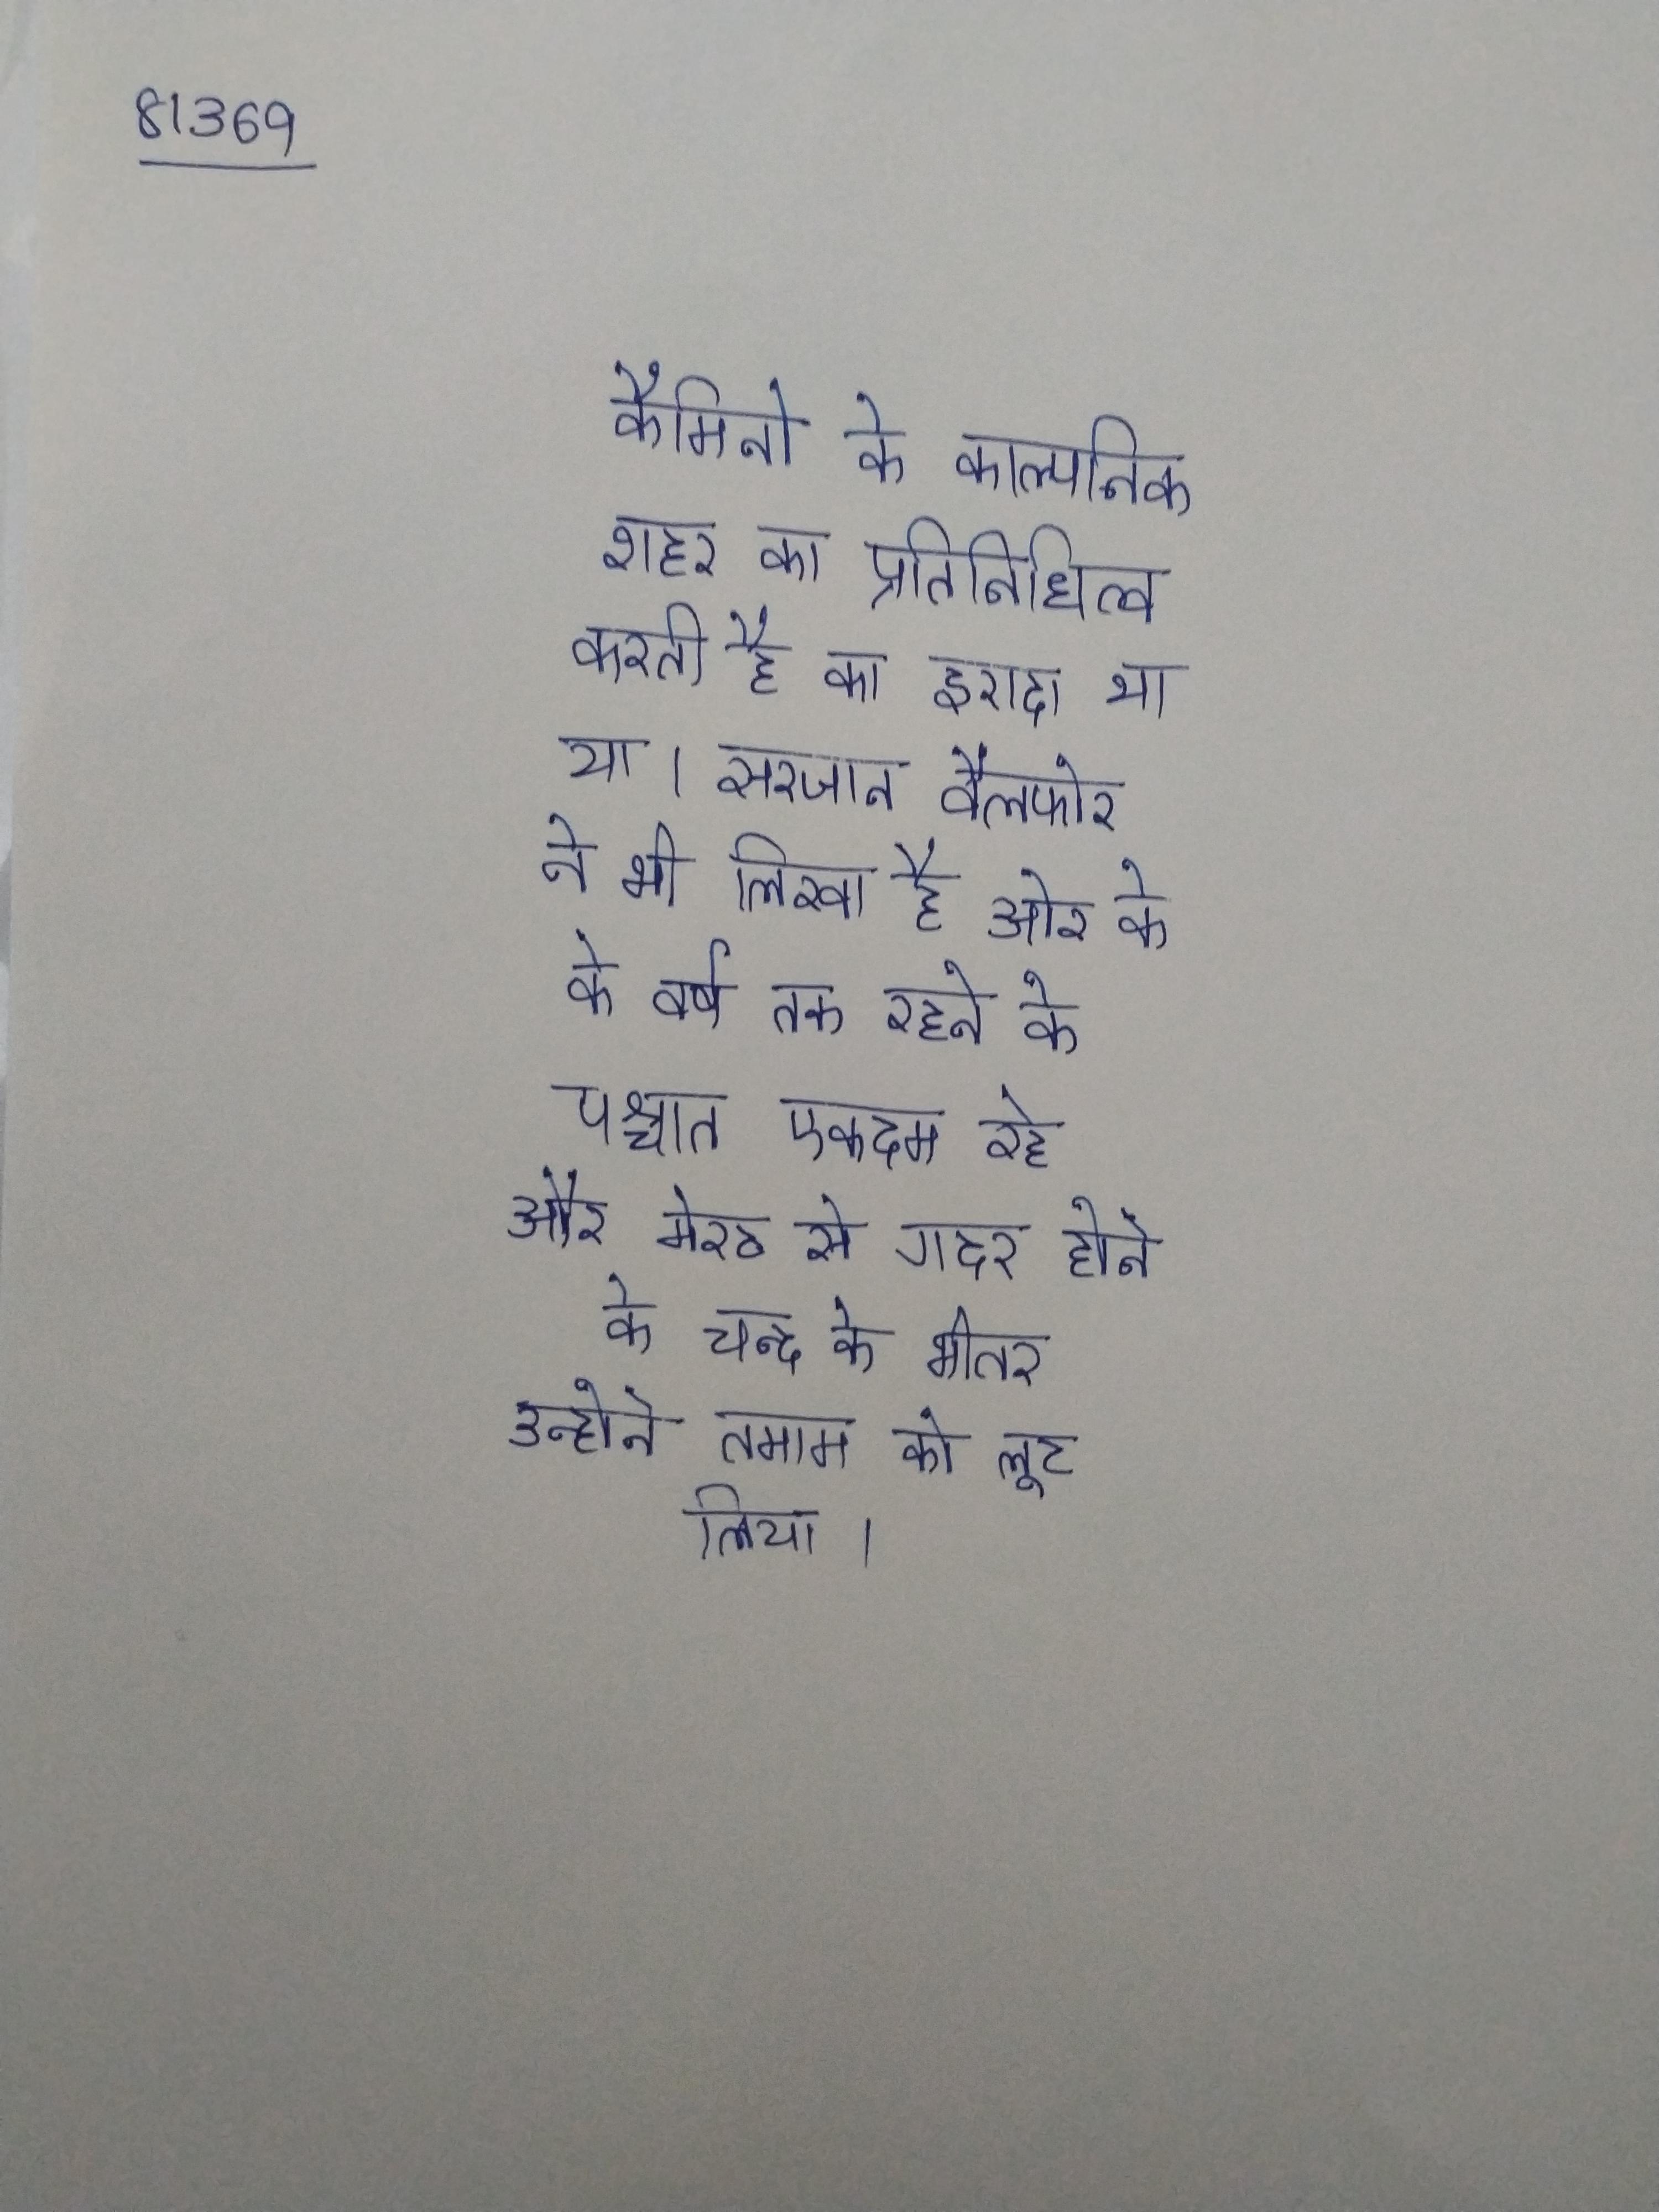
कैमिनो के काल्पनिक शहर का प्रतिनिधित्व करती है का इरादा था या । सरजान वैलफोर ने भी लिखा है ओर के के वर्ष तक रहने के पश्चात एकदम रहे और मेरठ से गदर होने के चन्द के भीतर उन्होने तमाम को लूट लिया ।